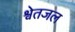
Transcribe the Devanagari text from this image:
श्वेतजल